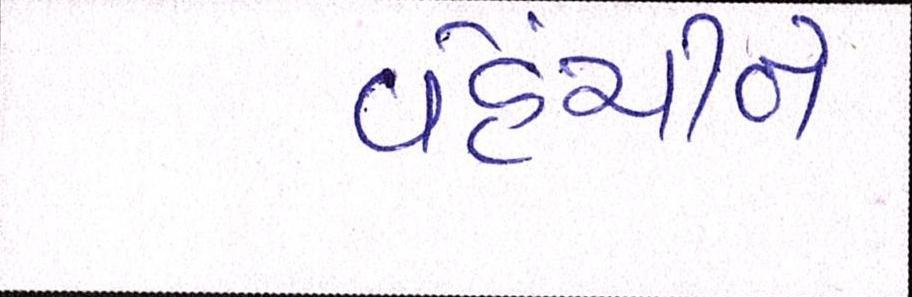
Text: વહેંચીને